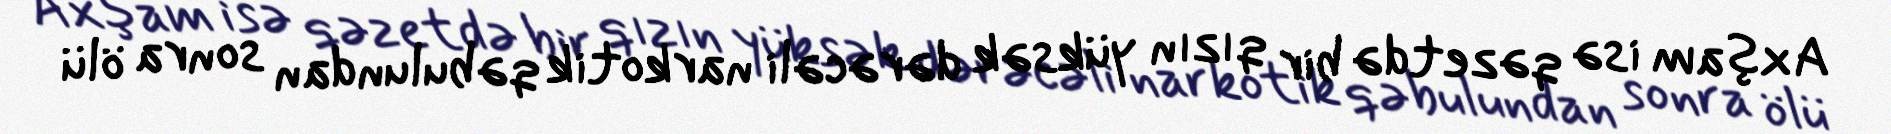
Axşam isə qəzetdə bir qızın yüksək dərəcəli narkotik qəbulundan sonra ölü